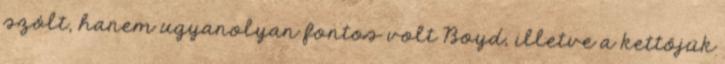
szólt, hanem ugyanolyan fontos volt Boyd, illetve a kettőjük